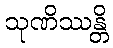
သုဏိဿန္တိ